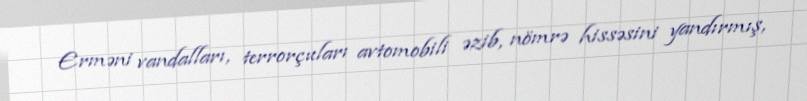
Erməni vandalları, terrorçuları avtomobili əzib, nömrə hissəsini yandırmış,